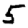
Digit: 5